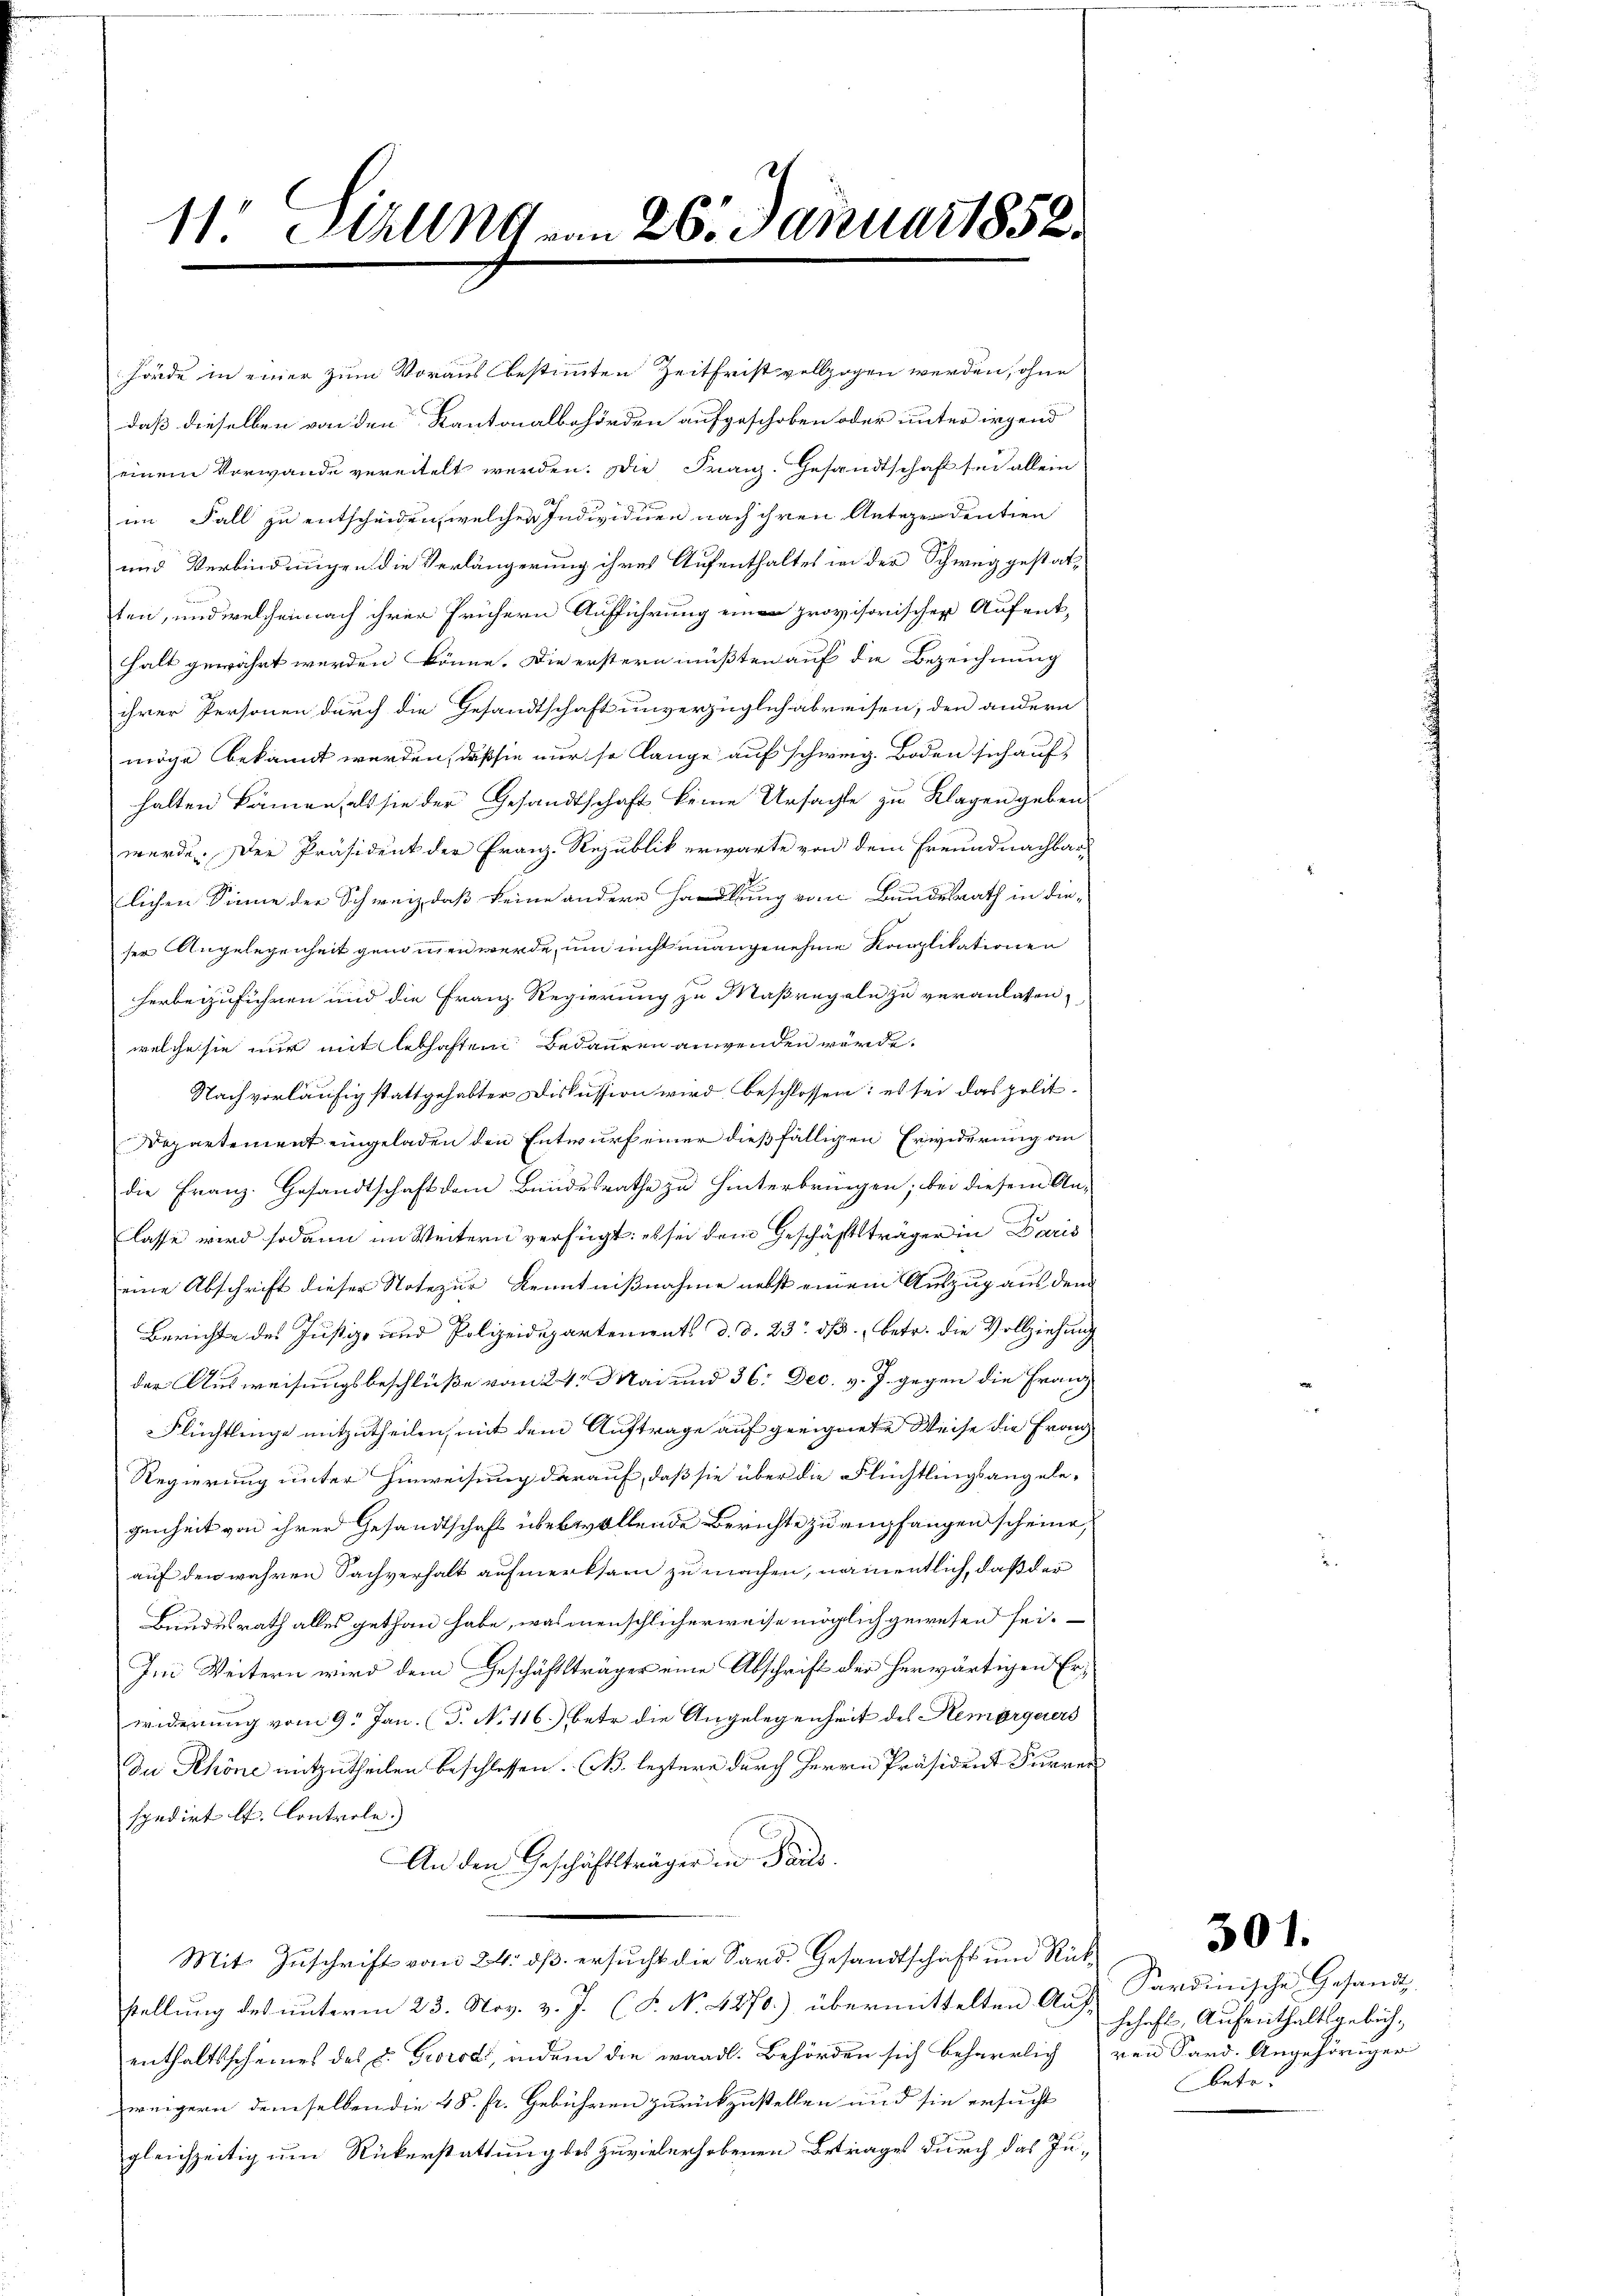
11. Ställig an 26. Januar 1858.

hörde in einer zum Voraus bestimmten Zeitfrist vollzogen werden, ohne
daß dieselben von den Kantonalbehörden aufgeschoben oder unter irgend
einem Vorwande vereitelt werden. Die Franz. Gesandtschaft sei allein
im Fall zu entscheiden, welcher Individuen nach ihren Antizendentien
und Verbindungen die Verlängerung ihres Aufenthaltes in der Schweiz gestat-
ten, und welchemnach ihrer frühern Aufführung ein provisorischen Aufenthalt gewährt werden könne. Die erstern müßten auf die Bezeichnung
ihrer Personen durch die Gesandtschaft unverzüglich abreisen, den andern
möge bekannt werden, daß sie nur so lange auf schweig. Boden sich auf,
halten kämen, als sie der Gesandtschaft keine Ursachte zu Klagen geben.
wurde. Der Präsident der Franz-Republik erwarte von dem Freundnachbar-
lichen Sinne der Schweiz daß keine andere Handlung vom Bundesrath in die-
ser Angelegenheit genommen werde, um nicht unangenehme Kapplikationen
herbeizuführen und die Franz Regierung zu Maßregeln zu veranlassen,
welche sie nur mit lebhaften Bedauren anwenden würde.
Nach vorläufig stattgehabter Diskussion wird beschlossen: es sei das polit.
Departement eingeladen den Entwurf einer dießfälligen Erwiderung an
die Franz. Gesandtschaft dem Bundesrathe zu hinterbringen; bei diesem An-
lasse wird sodann im Weitern verfügt: es sei dem Geschäftsträger in Daris
eine Abschrift dieser Notezur Kenntnißnahme nebst einem Auszug aus dem
Berichte des Justiz- und Polizeidepartements d. d. 23. ds. betr. die Vollziehung
der Ausweisungsbeschlüße vom 24. Mai und 36: Dec. v. J. gegen die Franz
FFlüchtlinge mitzutheilen, mit dem Auftrage auf geeignete Weise die Franz
Regierung unter Hinweisung darauf, daß sie über die Flüchtlingsangele-
genheit von ihrer Gesandtschaft überwollende Berichte zu empfangen scheine,
auf den wahren Sachverhalt aufmerksam zu machen, namentlich, daß der
Bundesrath alles gethan habe, was menschlicherweise möglich gewesen sei.
Im Weitern wird dem Geschäftsträger eine Abschrift der herwärtigen Erwiderung vom 9. Jan. (T. No 116.) betr. die Angelegenheit des Remorgerers
Du Schöne mitzutheilen beschlossen. (N. leztere durch Herrn Präsident Furrer
spedirt lt. Controle.)
An den Geschäftsträger in Paul
Mit Zuschrift vom 24. dß ersucht die Sard. Gesandtschaft und Rückstellung des unterm 23. Nov. v. J. (T. No. 4270.) übermittelten A. h. Kardinische Gesandt
enthaltsscheines des E. Georodi, indem die wardl. Behörden sich beharrlich von Sard. Angehöriger
weigern demselben die 48. fr. Gebühren zurückzustellen und sie ersucht
gleichzeitig um Rückerstattung des zuvielerhobenen Betrages durch das Ju¬

schaft, Aufenthaltsgebühbetr.

301.